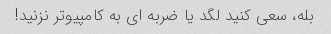
بله، سعی کنید لگد یا ضربه ای به کامپیوتر نزنید!